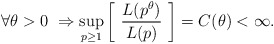
\begin{align*} \forall \theta > 0 \ \Rightarrow \sup_{p \ge 1} \left[ \ \frac{L(p^{\theta})}{L(p)} \ \right] = C(\theta) < \infty.\end{align*}